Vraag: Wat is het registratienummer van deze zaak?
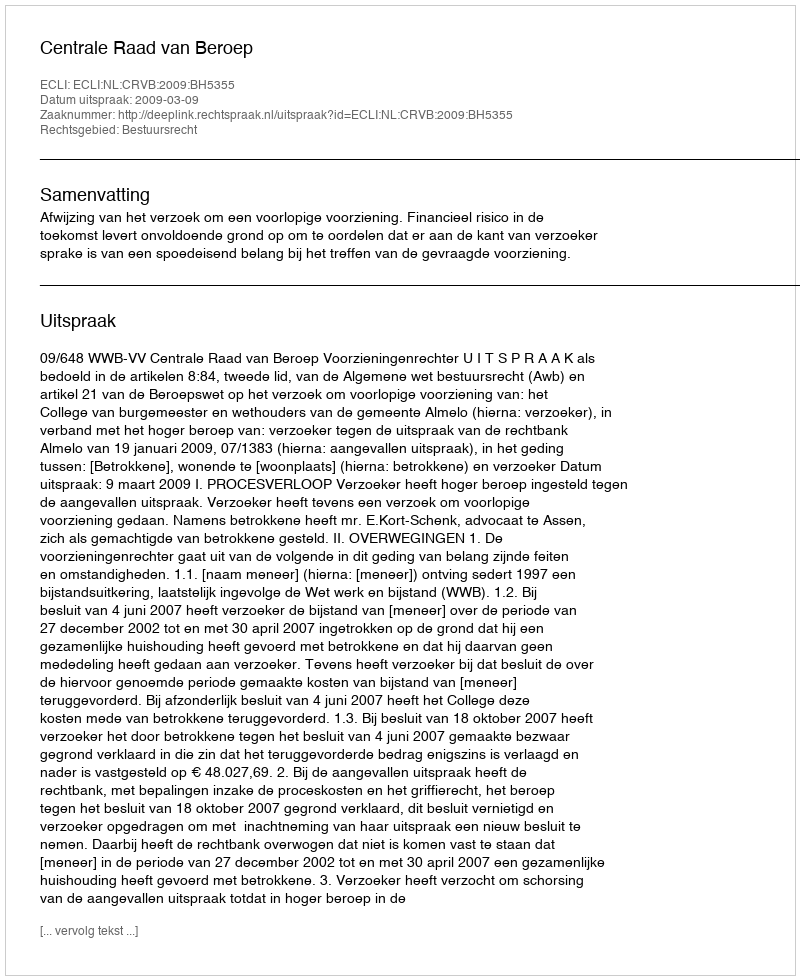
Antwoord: http://deeplink.rechtspraak.nl/uitspraak?id=ECLI:NL:CRVB:2009:BH5355